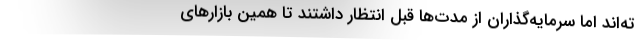
ته‌اند اما سرمایه‌گذاران از مدت‌ها قبل انتظار داشتند تا همین بازارهای